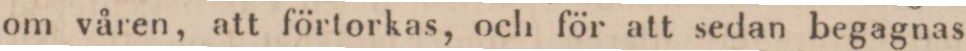
om våren, att förtorkas, och för att sedan begagnas